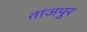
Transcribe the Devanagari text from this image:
तांजपुर